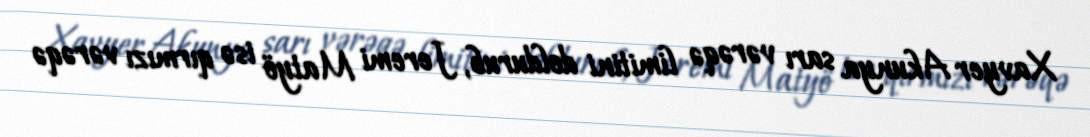
Xavyer Akunya sarı vərəqə limitini doldurub, Jeremi Matyö isə qırmızı vərəqə